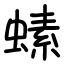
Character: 螦